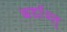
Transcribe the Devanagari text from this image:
बर्दाश्त्